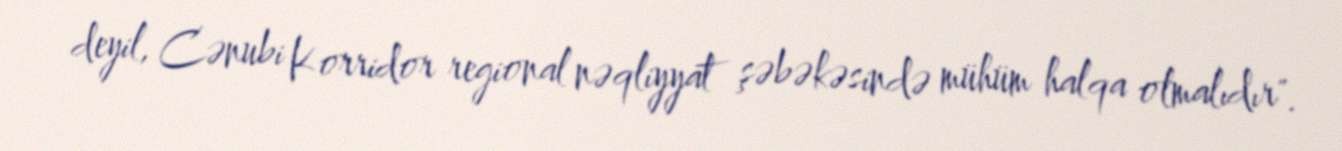
deyil, Cənubi Korridor regional nəqliyyat şəbəkəsində mühüm halqa olmalıdır".